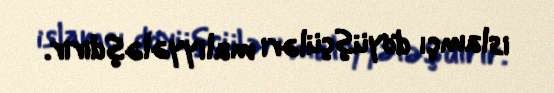
islamçı döyüşçüləri maliyyələşdirir.